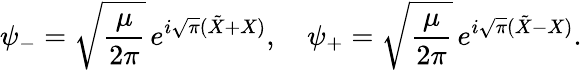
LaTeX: \psi_{-}=\sqrt{{\frac{\mu}{2\pi}}}\, e^{i\sqrt{\pi}(\tilde{X}+X)},\quad\psi_{+}=\sqrt{{\frac{\mu}{2\pi}}}\, e^{i\sqrt{\pi}(\tilde{X}-X)}.